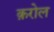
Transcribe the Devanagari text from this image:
क़रोल